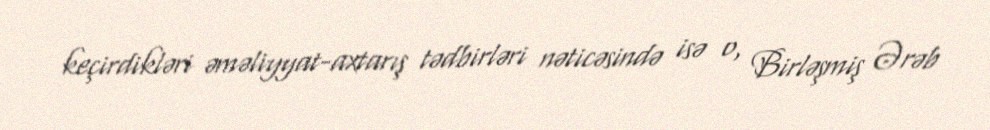
keçirdikləri əməliyyat-axtarış tədbirləri nəticəsində isə o, Birləşmiş Ərəb